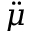
\ddot { \mu }